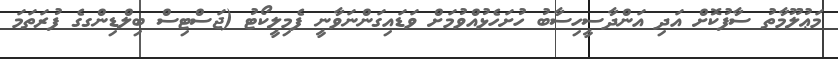
މަޢުލޫމާތު ސާފުކޮށް އަދި އަންދާސީހިސާބު ހުށަހެޅުއްވުމަށް ވަޑައިގަންނަވާނީ ފެމިލީކޯޓު (ޖަސްޓިސް ބިލްޑިންގގެ ފުރަތަމަ